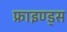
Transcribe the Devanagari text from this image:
फ्राइण्ड्स